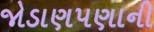
જોડાણપણાની